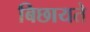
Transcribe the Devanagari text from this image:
बिछायते